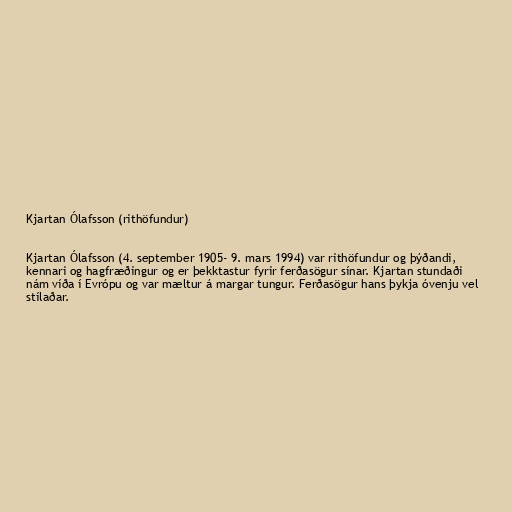
Kjartan Ólafsson (rithöfundur)

Kjartan Ólafsson (4. september 1905- 9. mars 1994) var rithöfundur og þýðandi,
kennari og hagfræðingur og er þekktastur fyrir ferðasögur sínar. Kjartan stundaði
nám víða í Evrópu og var mæltur á margar tungur. Ferðasögur hans þykja óvenju vel
stílaðar.